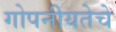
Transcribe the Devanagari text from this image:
गोपनीयतेचे